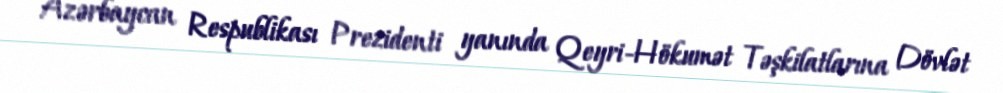
Azərbaycan Respublikası Prezidenti yanında Qeyri-Hökumət Təşkilatlarına Dövlət